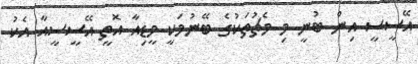
އޭސީސީ އިން ބުނީ މި މެޗުތަކުގެ ބޭނުމަކީ މީޑިއާ އޮތީ އޭސީސީއާ އެކު